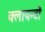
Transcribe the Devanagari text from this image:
क्लायन्टों